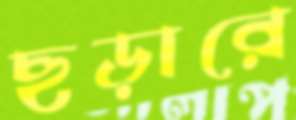
ছড়ারে